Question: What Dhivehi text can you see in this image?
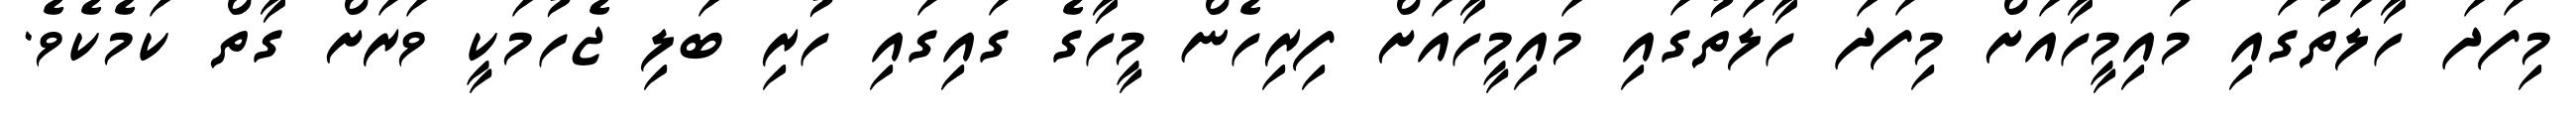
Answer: މިފަދަ ހާލަތުގައި މައިމީހާއަށް މިފަދަ ހާލަތުގައި މައިމީހާއަށް ފިރިހެން މީހާގެ ގައިގައި ހުރި ބަލި ޖެހުމަކީ ވަރަށް ގާތް ކަމެކެވެ.